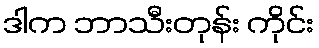
ဒါက ဘာသီးတုန်း ကိုင်း